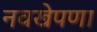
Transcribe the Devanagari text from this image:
नवखेपणा